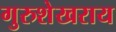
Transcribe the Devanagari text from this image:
गुरुशेखराय